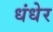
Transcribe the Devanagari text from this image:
धंधेर